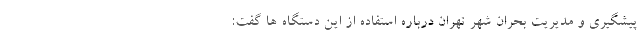
پیشگیری و مدیریت بحران شهر تهران درباره استفاده از این دستگاه ها گفت: